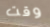
وقت